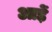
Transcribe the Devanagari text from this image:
आड़ें